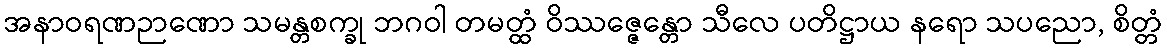
အနာဝရဏဉာဏော သမန္တစက္ခု ဘဂဝါ တမတ္ထံ ဝိဿဇ္ဇေန္တော သီလေ ပတိဋ္ဌာယ နရော သပညော, စိတ္တံ